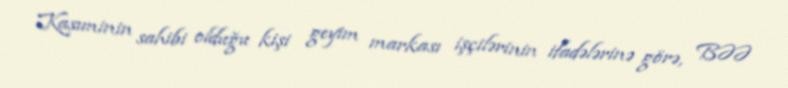
Kasıminin sahibi olduğu kişi geyim markası işçilərinin ifadələrinə görə, BƏƏ